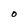
Character: o